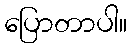
ပြောတာပါ။